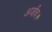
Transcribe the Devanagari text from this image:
अजीव।